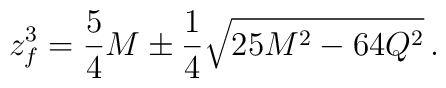
z_f ^3 = {5\over4}M \pm {1\over 4} \sqrt{25M^2-64Q^2} \, .